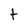
Character: t